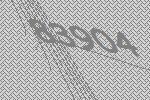
83904